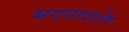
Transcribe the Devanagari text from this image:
भगनावशेष